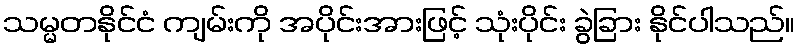
သမ္မတနိုင်ငံ ကျမ်းကို အပိုင်းအားဖြင့် သုံးပိုင်း ခွဲခြား နိုင်ပါသည်။